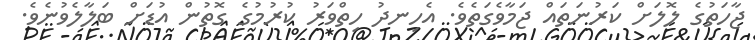
ޖާހަތުގެ ލޮލަށް ކަރުނަތައް ޖަމާވެގަތެވެ. އެހިނދު ހިތްވަރު ކުރުމުގެ ގޮތުން އުޑަށް ބަލާލެވުނެވެ.